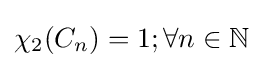
\chi _{2}(C_{n})=1;\forall n\in \mathbb {N}